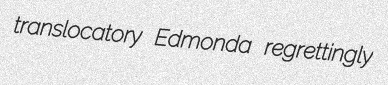
translocatory Edmonda regrettingly